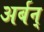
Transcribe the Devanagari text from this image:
अर्बन्